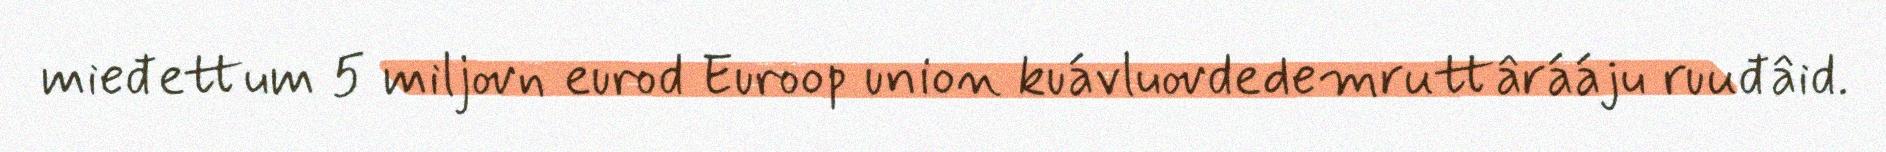
mieđettum 5 miljovn eurod Euroop union kuávluovdedemruttârááju ruuđâid.